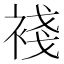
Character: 䙁